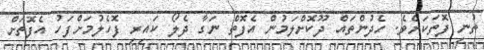
ތުނި ފޮތަކަށެވެ. ހެދުންތައް ދޫކޮށްލަމުން އެފޮތް ނަގާ ދެލޯ ކައިރި ފޮހެލުމަށްފަހު އެފޮތަށް